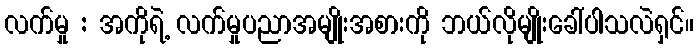
လက်မှု : အကိုရဲ့ လက်မှုပညာအမျိုးအစားကို ဘယ်လိုမျိုးခေါ်ပါသလဲရှင်။